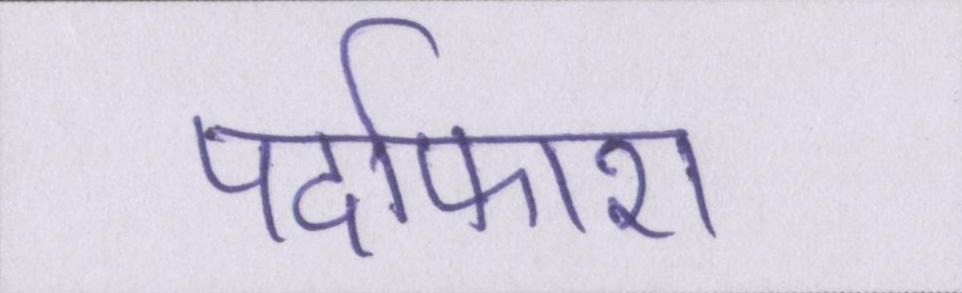
पर्दाफाश